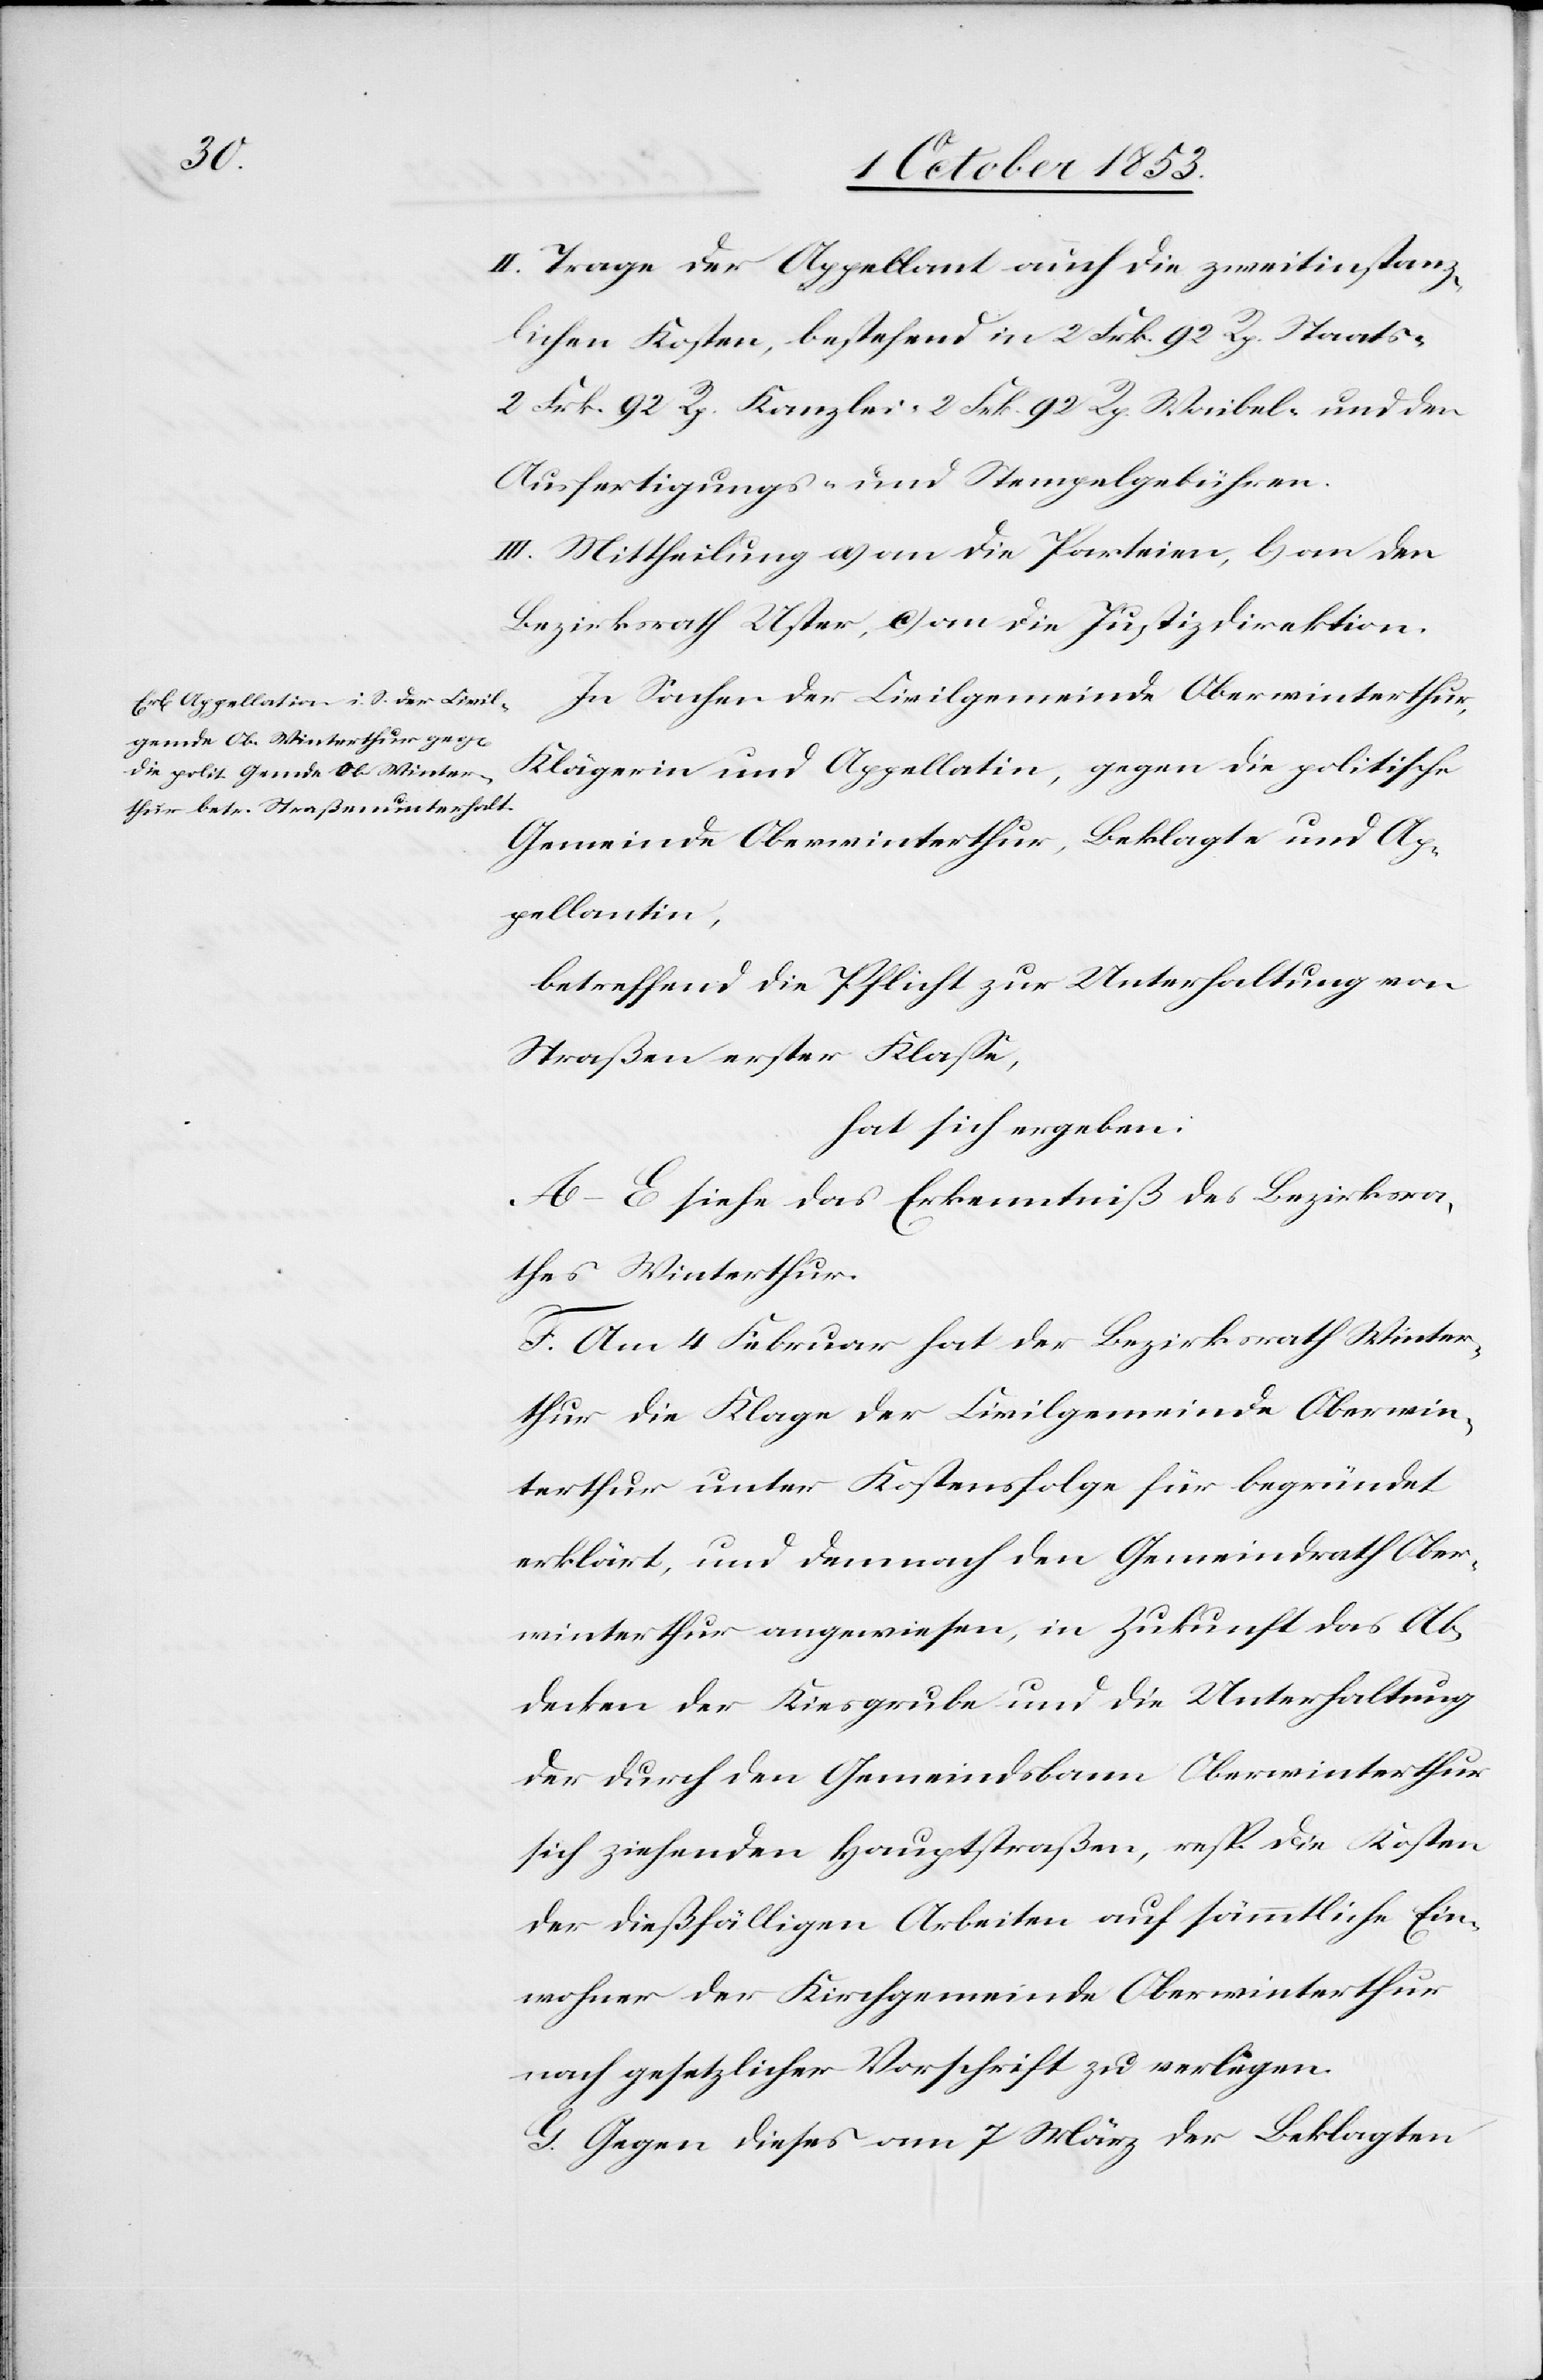
II. Trage der Appellant auch die zweitinstanz¬
lichen Kosten, bestehend in 2 Frk. 92 Rp. Staats-
2 Frk. 92 Rp. Kanzlei- 2 Frk. 92 Rp. Waibel- und den
Ausfertigungs- u. Stempelgebühren.
III. Mittheilung a) an die Parteien, b) an den
Bezirksrath Uster, c) an die Justizdirektion.
In Sachen der Civilgemeinde Oberwinterthur,
Klägerin und Appellatin, gegen die politische
Gemeinde Oberwinterthur, Beklagte und Ap¬
pellantin,
betreffend die Pflicht zur Unterhaltung von
Straßen erster Klaße,
hat sich ergeben:
A–E siehe das Erkenntniß des Bezirksra¬
thes Winterthur.
F. Am 4 Februar hat der Bezirksrath Winter¬
thur die Klage der Civilgemeinde Oberwin¬
terthur unter Kostenfolge für begründet
erklärt, und demnach den Gemeindrath Ober¬
winterthur angewiesen, in Zukunft das Ab¬
decken der Kiesgrube und die Unterhaltung
der durch den Gemeindsbann Oberwinterthur
sich ziehenden Hauptstraßen, resp. die Kosten
der dießfälligen Arbeiten auf sämmtliche Ein¬
wohner der Kirchgemeinden Oberwinterthur
nach gesetzlicher Vorschrift zu verlegen.
G. Gegen dieses am 7 März der Beklagten